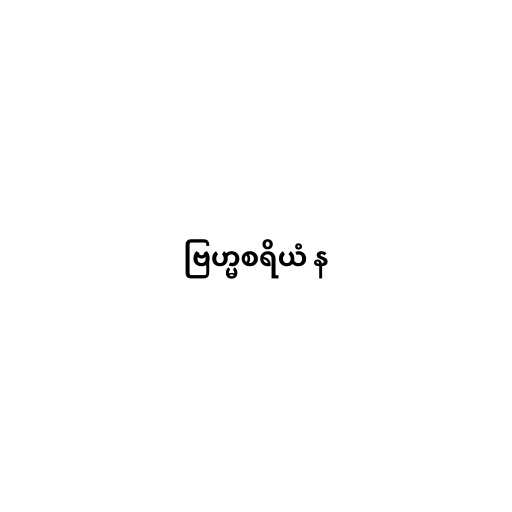
ဗြဟ္မစရိယံ န